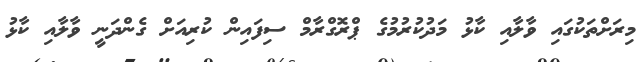
މިރަށްތަކުގައި ވާލާއި ކާޅު މަދުކުރުމުގެ ޕްރޮގްރާމް ސިފައިން ކުރިއަށް ގެންދަނީ ވާލާއި ކާޅު